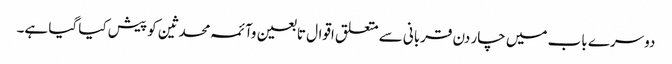
دوسرے باب میں چار دن قربانی سے متعلق اقوال تابعین وآئمہ محدثین کو پیش کیا گیا ہے۔